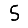
Digit: 5